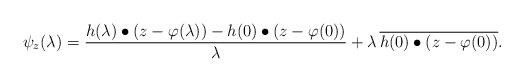
LaTeX: \begin{align*}\psi_z(\lambda)=\frac{h(\lambda)\bullet(z-\varphi(\lambda))-h(0)\bullet(z-\varphi(0))}{\lambda} + \lambda\,\overline{h(0)\bullet(z-\varphi(0))}.\end{align*}